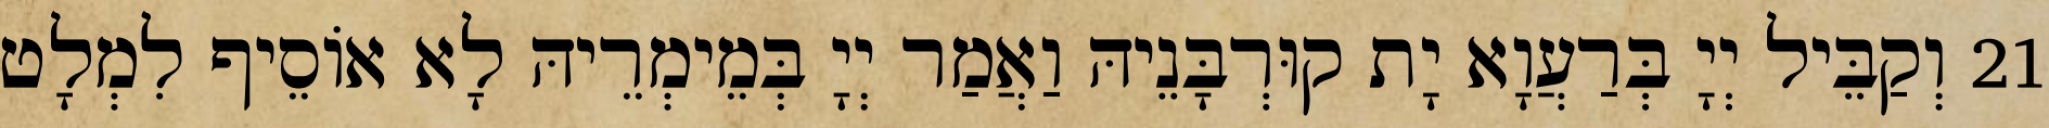
21 וְקַבֵּיל יְיָ בְּרַעֲוָא יָת קוּרְבָּנֵיהּ וַאֲמַר יְיָ בְּמֵימְרֵיהּ לָא אוֹסֵיף לִמְלָט